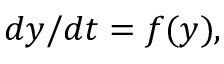
d y / d t = f ( y ) ,